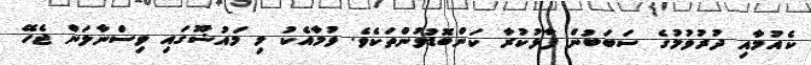
ކެއުމާއި ދުރުވުމުގެ ސަބަބުން ފާޅުކުރާ ކަންބޮޑުވުންތަކެވެ. ވުމާއެކު މި މައުޟޫގައި ވިސްނާލަން ޖެހޭ